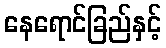
နေရောင်ခြည်နှင့်